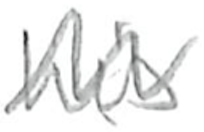
Text: his
Cross-out: zig-zag
Writing tool: pencil